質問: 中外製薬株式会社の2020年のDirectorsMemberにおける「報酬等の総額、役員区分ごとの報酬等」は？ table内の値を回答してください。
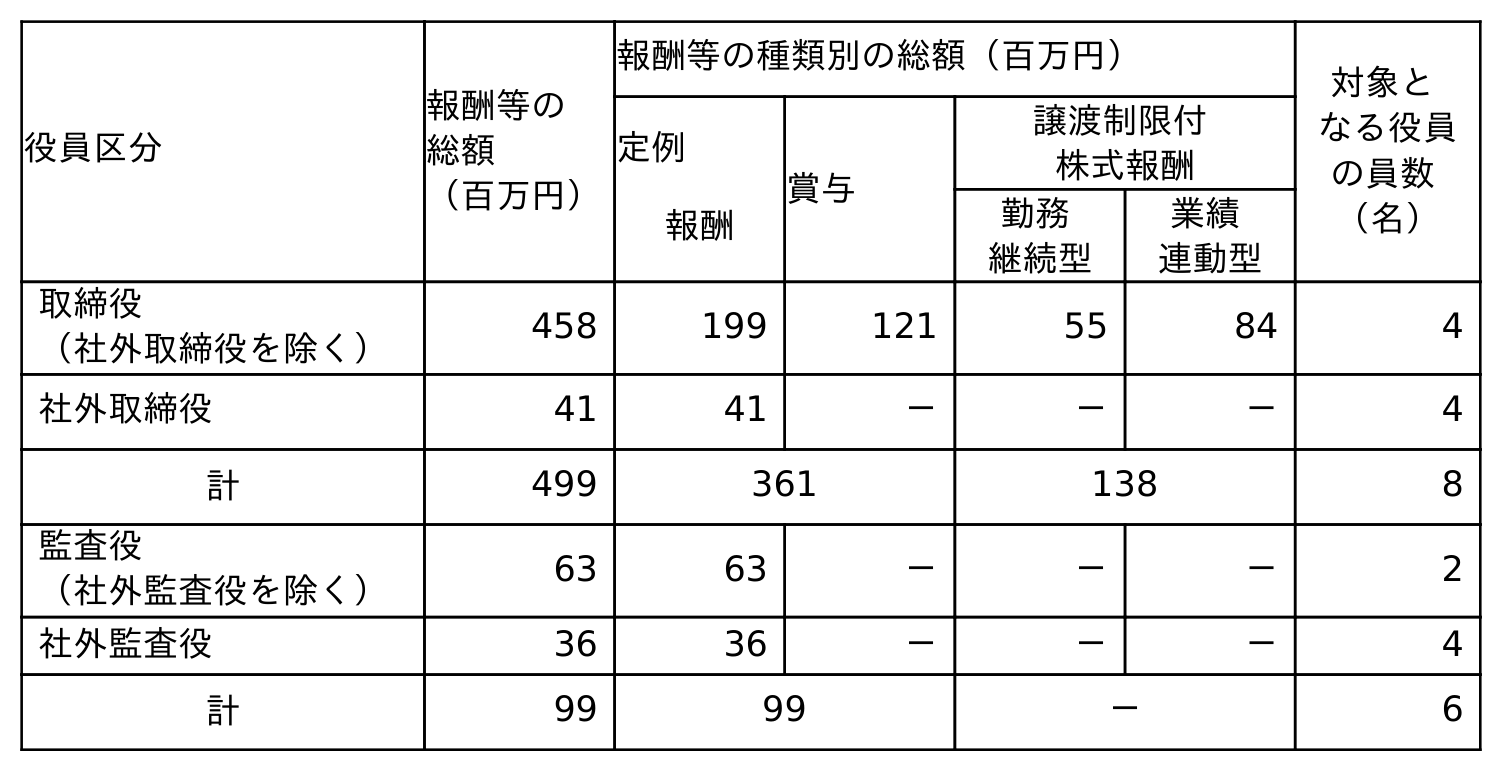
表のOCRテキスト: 役員区分 報酬等の 総額 （百万円） 報酬等の種類別の総額（百万円） 対象と なる役員 の員数 （名） 定例 報酬 賞与 譲渡制限付 株式報酬 勤務 継続型 業績 連動型 取締役 （社外取締役を除く） 458 199 121 55 84 4 社外取締役 41 41 － － － 4 計 499 361 138 8 監査役 （社外監査役を除く） 63 63 － － － 2 社外監査役 36 36 － － － 4 計 99 99 － 6
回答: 499